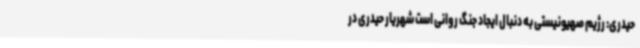
حیدری: رژیم صهیونیستی به دنبال ایجاد جنگ روانی است شهریار حیدری در